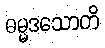
ဓမ္မဒသောတိ